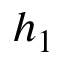
h _ { 1 }